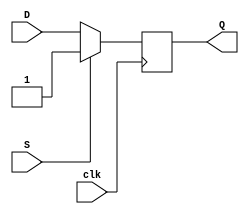
module FF_pos_edge_Clk_sync_set(
    input D,
    input S,
    input clk,
    output Q
    );
	 
	 reg Q;
	 always @ (posedge clk) begin
	 if (S)
		Q <= 1'b1;
	 else
		Q <= D;
	 end

endmodule